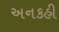
અનકહી